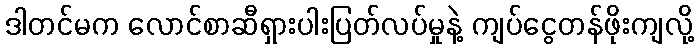
ဒါတင်မက လောင်စာဆီရှားပါးပြတ်လပ်မှုနဲ့ ကျပ်ငွေတန်ဖိုးကျလို့